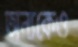
অন্যকেও